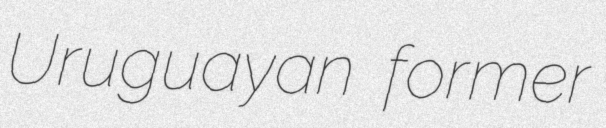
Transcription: Uruguayan former